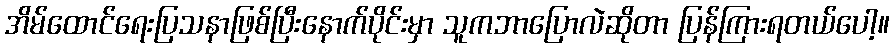
အိမ်ထောင်ရေးပြသနာဖြစ်ပြီးနောက်ပိုင်းမှာ သူကဘာပြောလဲဆိုတာ ပြန်ကြားရတယ်ပေါ့။